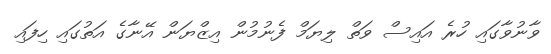
ވާނުވާގައި ހުރެ އައިސް ވަތް ލިޔަމް ފެނުމުން އިޒްޔަން އޭނާގެ އަތުގައި ހިފައި